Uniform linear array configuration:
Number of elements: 12
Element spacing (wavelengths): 1
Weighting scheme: binomial
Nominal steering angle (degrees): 30
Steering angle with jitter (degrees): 28.167
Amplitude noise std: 0.05
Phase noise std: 0.05

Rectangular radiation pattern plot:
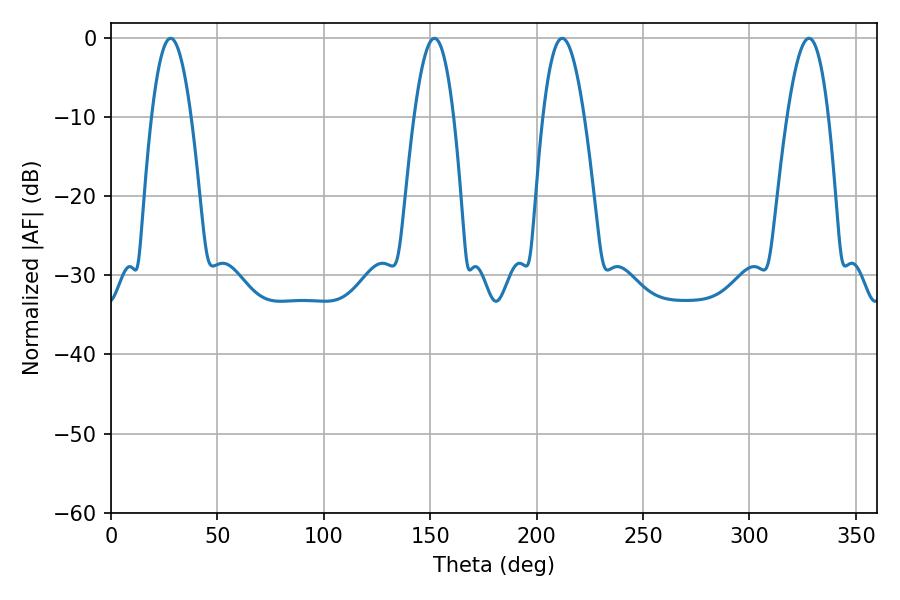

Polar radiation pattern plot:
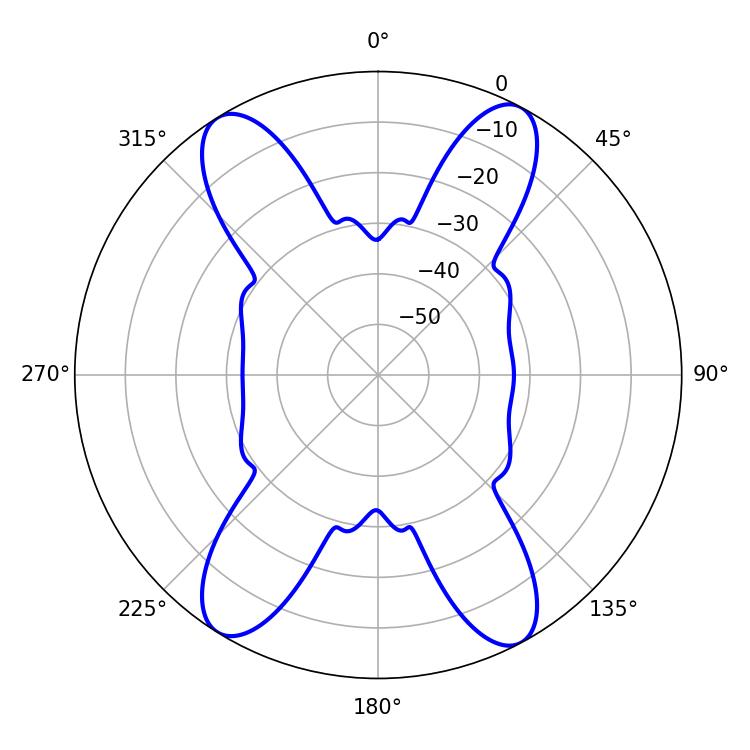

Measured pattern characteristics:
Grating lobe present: TRUE
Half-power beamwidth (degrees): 10.44
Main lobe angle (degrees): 212.04